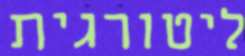
ליטורגית